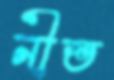
নীত